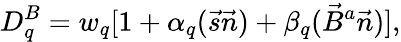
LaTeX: D_{q}^{B}=w_{q}[1+\alpha_{q}(\vec{s}\vec{n})+\beta_{q}(\vec{B}^{a}\vec{n})],